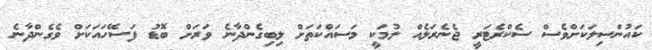
ކައުންސިލަކަށްވެސް ސެކްރެޓަރީ ޖެނެރަލެއް ލުމަކީ މަސައްކަތަށް ލިބިގެންދާނެ ވަރަށް ބޮޑު ފަސޭހައަކަށް ވެގެންދާނެ